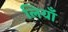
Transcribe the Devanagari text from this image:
लियाँ